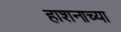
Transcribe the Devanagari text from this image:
हाशनाच्या